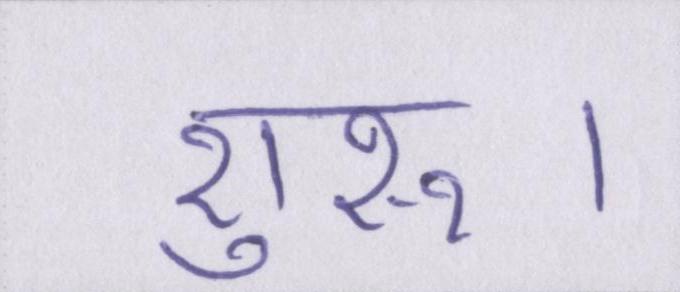
शुरू।